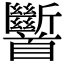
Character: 𩠹